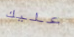
عليك